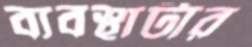
ব্যবস্থাটার